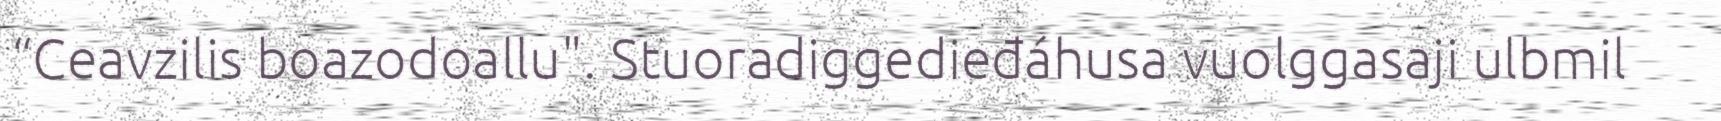
“Ceavzilis boazodoallu". Stuoradiggedieđáhusa vuolggasaji ulbmil